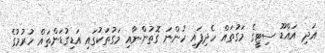
އަދި އައްޑޫ ސިޓީގެ މަގުތައް ހެދިފައި ހުންނަ ގޮތުންނާއި މަގުތަކުގައި އަޑިގުޑަންތައް ހުރުމުގެ